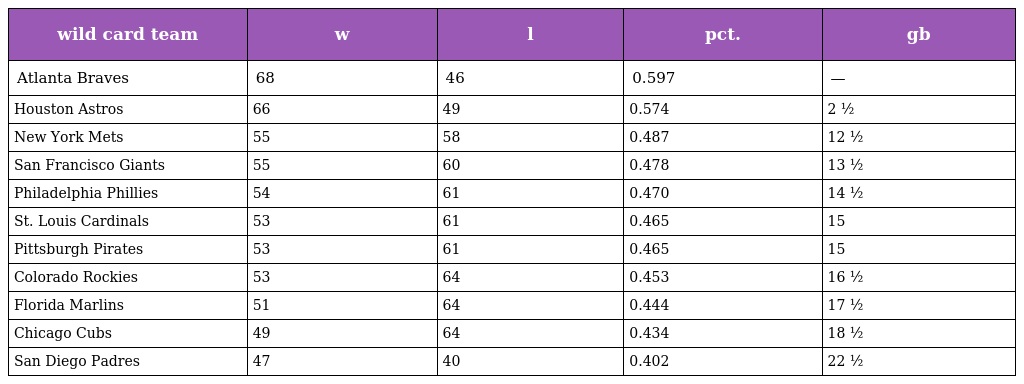
| wild card team | w | l | pct. | gb |
 | --- | --- | --- | --- | --- |
 | Atlanta Braves | 68 | 46 | 0.597 | — |
 | Houston Astros | 66 | 49 | 0.574 | 2 ½ |
 | New York Mets | 55 | 58 | 0.487 | 12 ½ |
 | San Francisco Giants | 55 | 60 | 0.478 | 13 ½ |
 | Philadelphia Phillies | 54 | 61 | 0.470 | 14 ½ |
 | St. Louis Cardinals | 53 | 61 | 0.465 | 15 |
 | Pittsburgh Pirates | 53 | 61 | 0.465 | 15 |
 | Colorado Rockies | 53 | 64 | 0.453 | 16 ½ |
 | Florida Marlins | 51 | 64 | 0.444 | 17 ½ |
 | Chicago Cubs | 49 | 64 | 0.434 | 18 ½ |
 | San Diego Padres | 47 | 40 | 0.402 | 22 ½ |